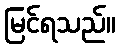
မြင်ရသည်။